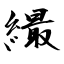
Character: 繓